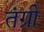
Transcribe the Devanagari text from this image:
तंग्री